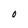
Character: O